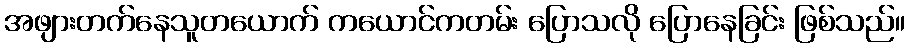
အဖျားတက်နေသူတယောက် ကယောင်ကတမ်း ပြောသလို ပြောနေခြင်း ဖြစ်သည်။